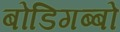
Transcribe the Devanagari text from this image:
बोडिगब्बो